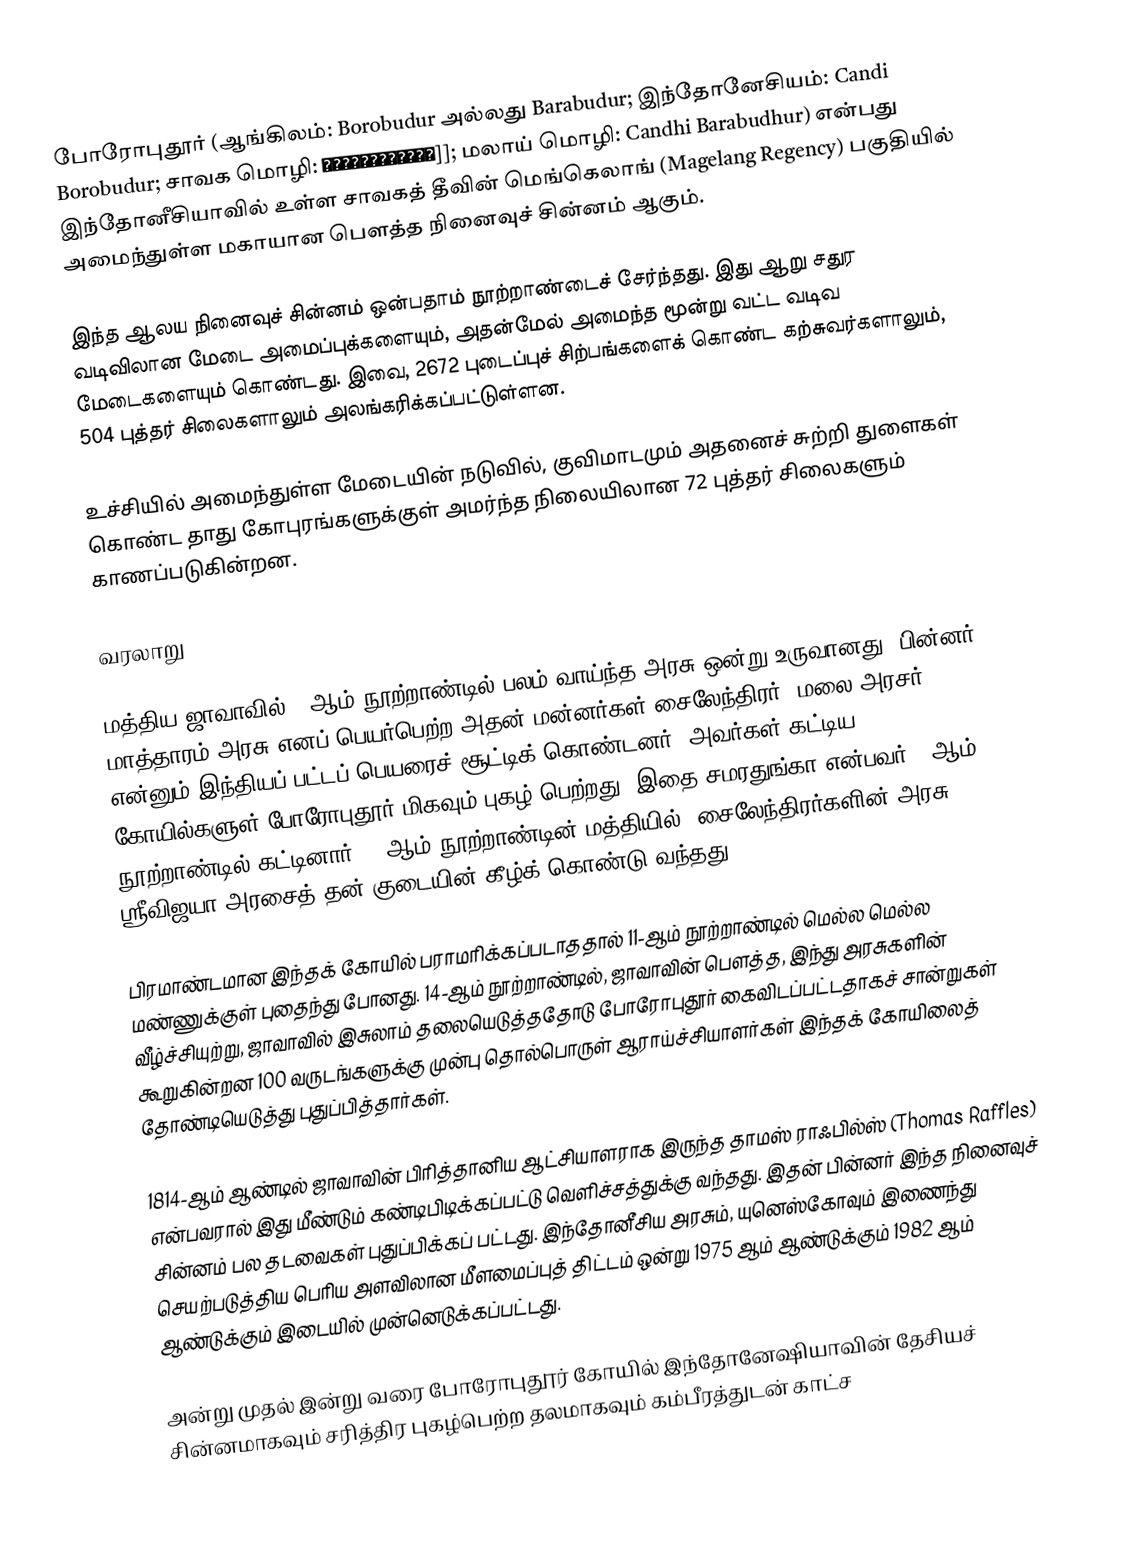
போரோபுதூர் (ஆங்கிலம்: Borobudur அல்லது Barabudur; இந்தோனேசியம்: Candi Borobudur; சாவக மொழி: ꦕꦤ꧀ꦝꦶꦧꦫꦧꦸꦝꦸꦂ]]; மலாய் மொழி: Candhi Barabudhur) என்பது இந்தோனீசியாவில் உள்ள சாவகத் தீவின் மெங்கெலாங் (Magelang Regency) பகுதியில் அமைந்துள்ள மகாயான பௌத்த நினைவுச் சின்னம் ஆகும்.

இந்த ஆலய நினைவுச் சின்னம் ஒன்பதாம் நூற்றாண்டைச் சேர்ந்தது. இது ஆறு சதுர வடிவிலான மேடை அமைப்புக்களையும், அதன்மேல் அமைந்த மூன்று வட்ட வடிவ மேடைகளையும் கொண்டது. இவை, 2672 புடைப்புச் சிற்பங்களைக் கொண்ட கற்சுவர்களாலும், 504 புத்தர் சிலைகளாலும் அலங்கரிக்கப்பட்டுள்ளன.

உச்சியில் அமைந்துள்ள மேடையின் நடுவில், குவிமாடமும் அதனைச் சுற்றி துளைகள் கொண்ட தாது கோபுரங்களுக்குள் அமர்ந்த நிலையிலான 72 புத்தர் சிலைகளும் காணப்படுகின்றன.

வரலாறு

மத்திய ஜாவாவில் 8-ஆம் நூற்றாண்டில் பலம் வாய்ந்த அரசு ஒன்று உருவானது. பின்னர் மாத்தாரம் அரசு எனப் பெயர்பெற்ற அதன் மன்னர்கள் சைலேந்திரர் (மலை அரசர்) என்னும் இந்தியப் பட்டப் பெயரைச் சூட்டிக் கொண்டனர். அவர்கள் கட்டிய கோயில்களுள் போரோபுதூர் மிகவும் புகழ் பெற்றது. இதை சமரதுங்கா என்பவர் 8-ஆம் நூற்றாண்டில் கட்டினார். 9-ஆம் நூற்றாண்டின் மத்தியில், சைலேந்திரர்களின் அரசு ஸ்ரீவிஜயா அரசைத் தன் குடையின் கீழ்க் கொண்டு வந்தது.

பிரமாண்டமான இந்தக் கோயில் பராமரிக்கப்படாததால் 11-ஆம் நூற்றாண்டில் மெல்ல மெல்ல மண்ணுக்குள் புதைந்து போனது. 14-ஆம் நூற்றாண்டில், ஜாவாவின் பௌத்த, இந்து அரசுகளின் வீழ்ச்சியுற்று, ஜாவாவில் இசுலாம் தலையெடுத்ததோடு போரோபுதூர் கைவிடப்பட்டதாகச் சான்றுகள் கூறுகின்றன  100 வருடங்களுக்கு முன்பு தொல்பொருள் ஆராய்ச்சியாளர்கள் இந்தக் கோயிலைத் தோண்டியெடுத்து புதுப்பித்தார்கள்.

1814-ஆம் ஆண்டில் ஜாவாவின் பிரித்தானிய ஆட்சியாளராக இருந்த தாமஸ் ராஃபில்ஸ் (Thomas Raffles) என்பவரால் இது மீண்டும் கண்டிபிடிக்கப்பட்டு வெளிச்சத்துக்கு வந்தது. இதன் பின்னர் இந்த நினைவுச் சின்னம் பல தடவைகள் புதுப்பிக்கப் பட்டது. இந்தோனீசிய அரசும், யுனெஸ்கோவும் இணைந்து செயற்படுத்திய பெரிய அளவிலான மீளமைப்புத் திட்டம் ஒன்று 1975 ஆம் ஆண்டுக்கும் 1982 ஆம் ஆண்டுக்கும் இடையில் முன்னெடுக்கப்பட்டது.

அன்று முதல் இன்று வரை போரோபுதூர் கோயில் இந்தோனேஷியாவின் தேசியச் சின்னமாகவும் சரித்திர புகழ்பெற்ற தலமாகவும் கம்பீரத்துடன் காட்ச